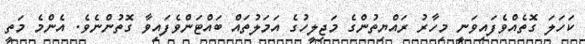
ކަހަލަ ގޮތެއްވެފައިވަނީ މިހާރު ރައްޔިތުންގެ މަޖިލީހުގެ އަމަލުތައް ބައްޓަންވެފައިވާ ގޮތުންނެވެ. އެންމެ މަތީ